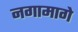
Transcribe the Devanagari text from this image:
नगामागे